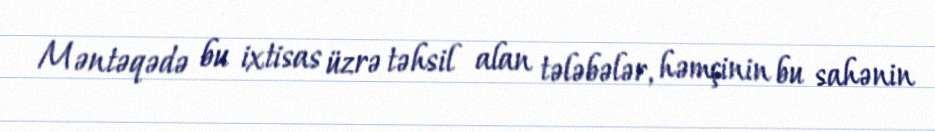
Məntəqədə bu ixtisas üzrə təhsil alan tələbələr, həmçinin bu sahənin